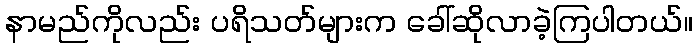
နာမည်ကိုလည်း ပရိသတ်များက ခေါ်ဆိုလာခဲ့ကြပါတယ်။